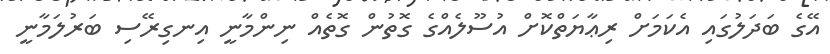
އޭގެ ބަދަލުގައި އެކަމަށް ރިޢާޔަތްކޮށް އުސޫލެއްގެ ގޮތުން ގޮތެއް ނިންމާނީ އިނގިރޭސި ބަރުލަމާނީ